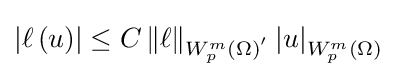
\left\vert \ell \left(u\right)\right\vert \leq C\left\Vert \ell \right\Vert _{W_{p}^{m}(\Omega )^{^{\prime }}}\left\vert u\right\vert _{W_{p}^{m}(\Omega )}